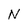
Character: N